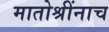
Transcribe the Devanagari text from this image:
मातोश्रींनाच